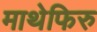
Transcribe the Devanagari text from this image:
माथेफिरु